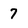
Character: 7